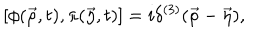
[ \phi ( { \vec { \rho } } , t ) , \pi ( { \vec { \eta } } , t ) ] = i \delta ^ { ( 3 ) } ( { \vec { \rho } } - { \vec { \eta } } ) ,